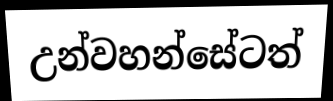
උන්වහන්සේටත්